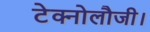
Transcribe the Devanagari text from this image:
टेक्नोलौजी।